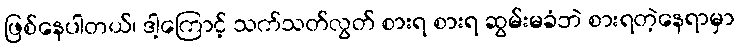
ဖြစ်နေပါတယ်၊ ဒါ့ကြောင့် သက်သတ်လွတ် စားရ စားရ ဆွမ်းမခံဘဲ စားရတဲ့နေရာမှာ